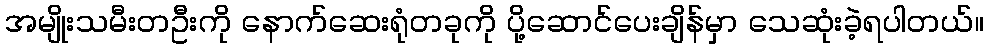
အမျိုးသမီးတဦးကို နောက်ဆေးရုံတခုကို ပို့ဆောင်ပေးချိန်မှာ သေဆုံးခဲ့ရပါတယ်။